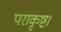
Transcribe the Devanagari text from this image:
पराकृष्ट।